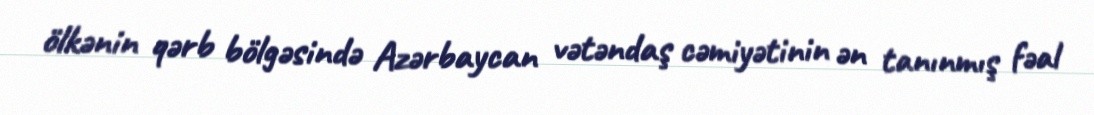
ölkənin qərb bölgəsində Azərbaycan vətəndaş cəmiyətinin ən tanınmış fəal